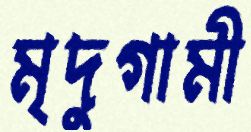
মৃদুগামী